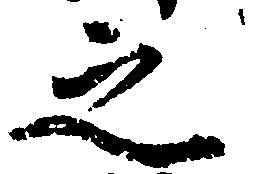
之